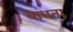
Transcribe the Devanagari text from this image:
बाधना